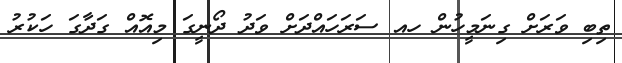
ތިބި ވަރަށް ގިނަމީހުން ހއ ސަރަހައްދަށް ވަދު ދޯނީގަ މިއޮއް ގަދާގަ ހަކުރު